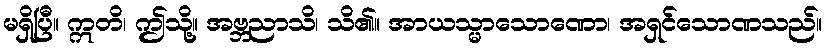
မရှိပြီ။ ဣတိ၊ ဤသို့။ အဗ္ဘညာသိ၊ သိ၏။ အာယသ္မာသောဏော၊ အရှင်သောဏသည်။